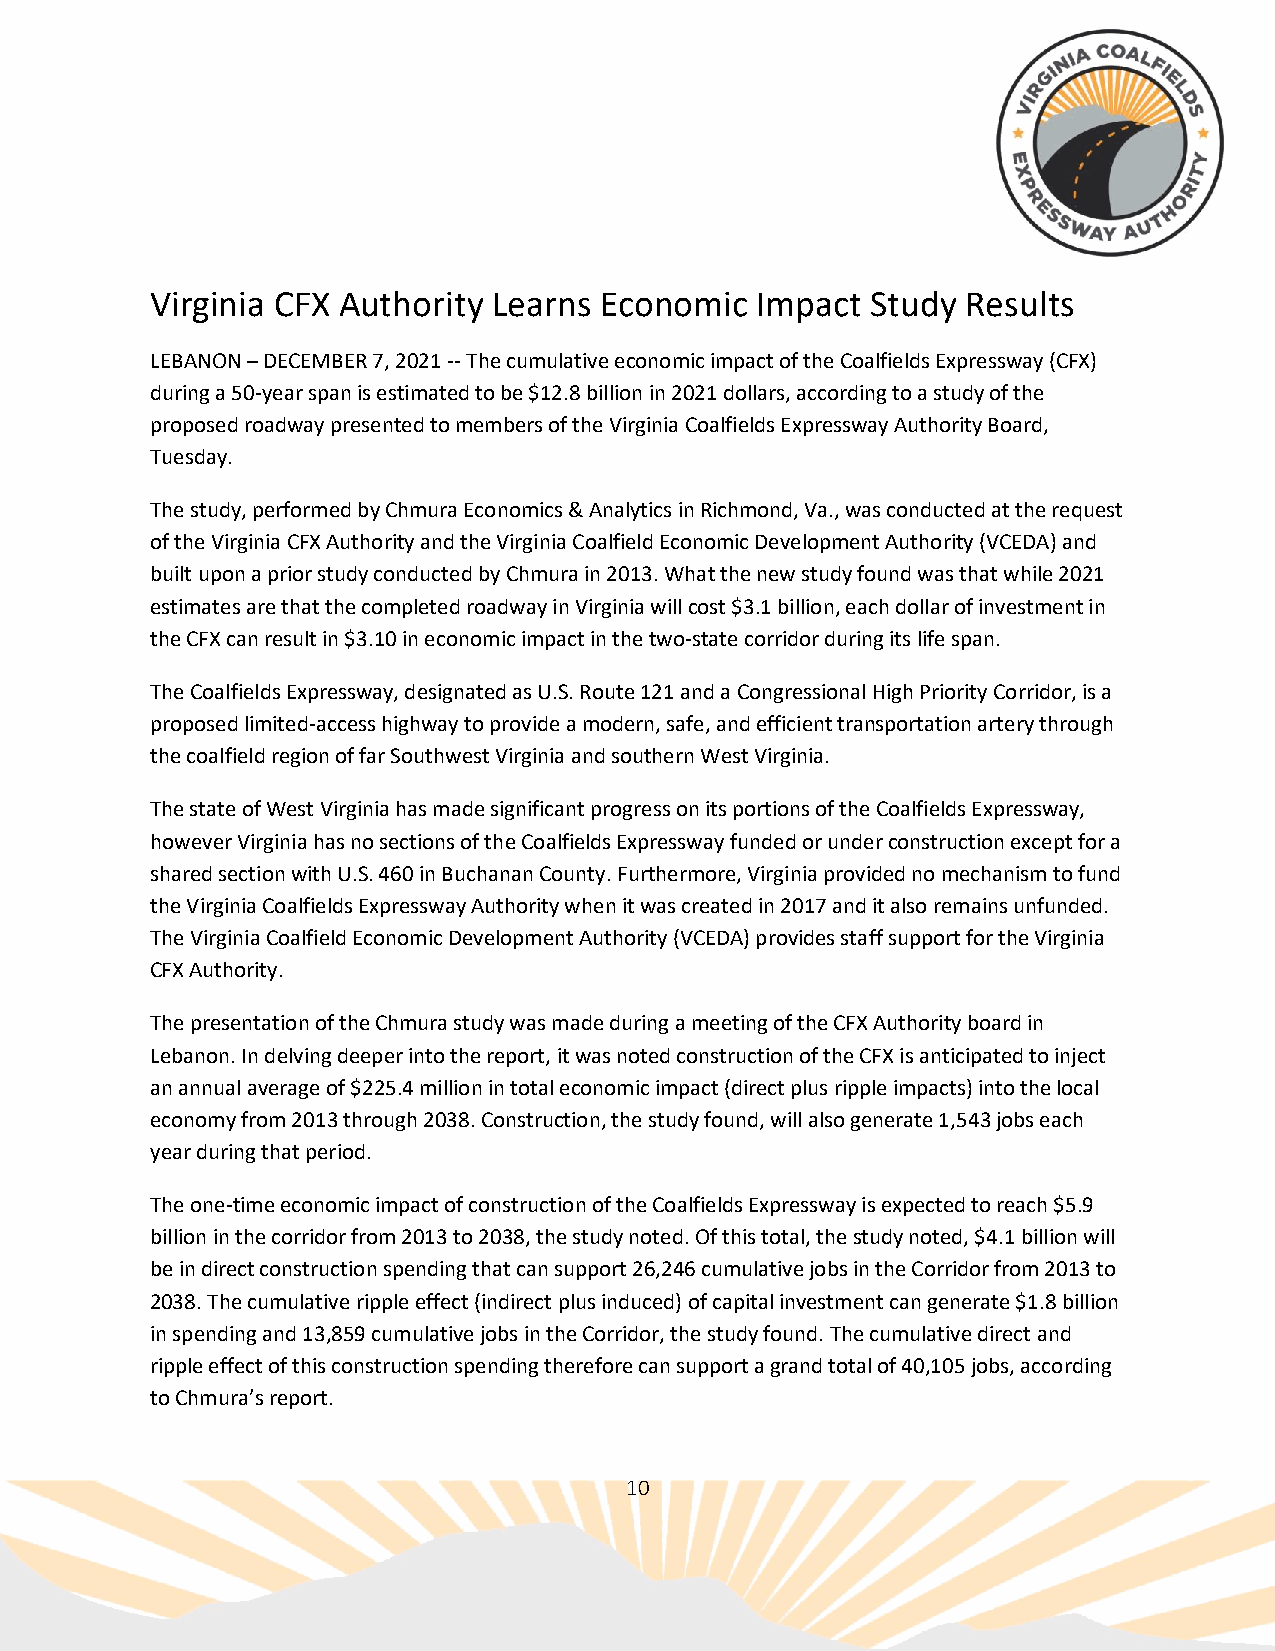
Virginia CFX Authority Learns Economic  Impact  Study Results
 LEBANON – DECEMBER 7, 2021 -- The cumulative economic impact of the Coalfields Expressway (CFX)
 during a 50-year span is estimated to be $12.8 billion in 2021 dollars, according to a study of the
 proposed roadway presented to members of the Virginia Coalfields Expressway Authority Board,
 Tuesday.
 The study, performed by Chmura Economics & Analytics in Richmond, Va., was conducted at the request
 of the Virginia CFX Authority and the Virginia Coalfield Economic Development Authority (VCEDA) and
 built upon a prior study conducted by Chmura in 2013. What the new study found was that while 2021
 estimates are that the completed roadway in Virginia will cost $3.1 billion, each dollar of investment in
 the CFX can result in $3.10 in economic impact in the two-state corridor during its life span.
 The Coalfields Expressway, designated as U.S. Route 121 and a Congressional High Priority Corridor, is a
 proposed limited-access highway to provide a modern, safe, and efficient transportation artery through
 the coalfield region of far Southwest Virginia and southern West Virginia.
 The state of West Virginia has made significant progress on its portions of the Coalfields Expressway,
 however Virginia has no sections of the Coalfields Expressway funded or under construction except for a
 shared section with U.S. 460 in Buchanan County. Furthermore, Virginia provided no mechanism to fund
 the Virginia Coalfields Expressway Authority when it was created in 2017 and it also remains unfunded.
 The Virginia Coalfield Economic Development Authority (VCEDA) provides staff support for the Virginia
 CFX Authority.
 The presentation of the Chmura study was made during a meeting of the CFX Authority board in
 Lebanon. In delving deeper into the report, it was noted construction of the CFX is anticipated to inject
 an annual average of $225.4 million in total economic impact (direct plus ripple impacts) into the local
 economy from 2013 through 2038. Construction, the study found, will also generate 1,543 jobs each
 year during that period.
 The one-time economic impact of construction of the Coalfields Expressway is expected to reach $5.9
 billion in the corridor from 2013 to 2038, the study noted. Of this total, the study noted, $4.1 billion will
 be in direct construction spending that can support 26,246 cumulative jobs in the Corridor from 2013 to
 2038. The cumulative ripple effect (indirect plus induced) of capital investment can generate $1.8 billion
 in spending and 13,859 cumulative jobs in the Corridor, the study found. The cumulative direct and
 ripple effect of this construction spending therefore can support a grand total of 40,105 jobs, according
 to Chmura’s report.
 10